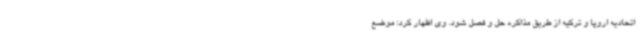
اتحادیه اروپا و ترکیه از طریق مذاکره حل و فصل شود. وی اظهار کرد: موضع